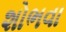
શોભવા